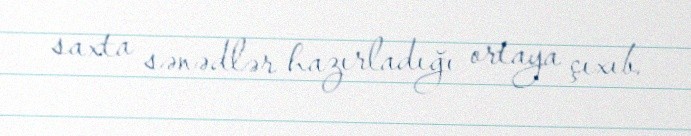
saxta sənədlər hazırladığı ortaya çıxıb.